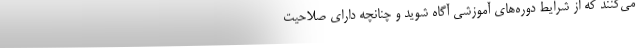
می‌کنند که از شرایط دوره‌های آموزشی آگاه شوید و چنانچه دارای صلاحیت